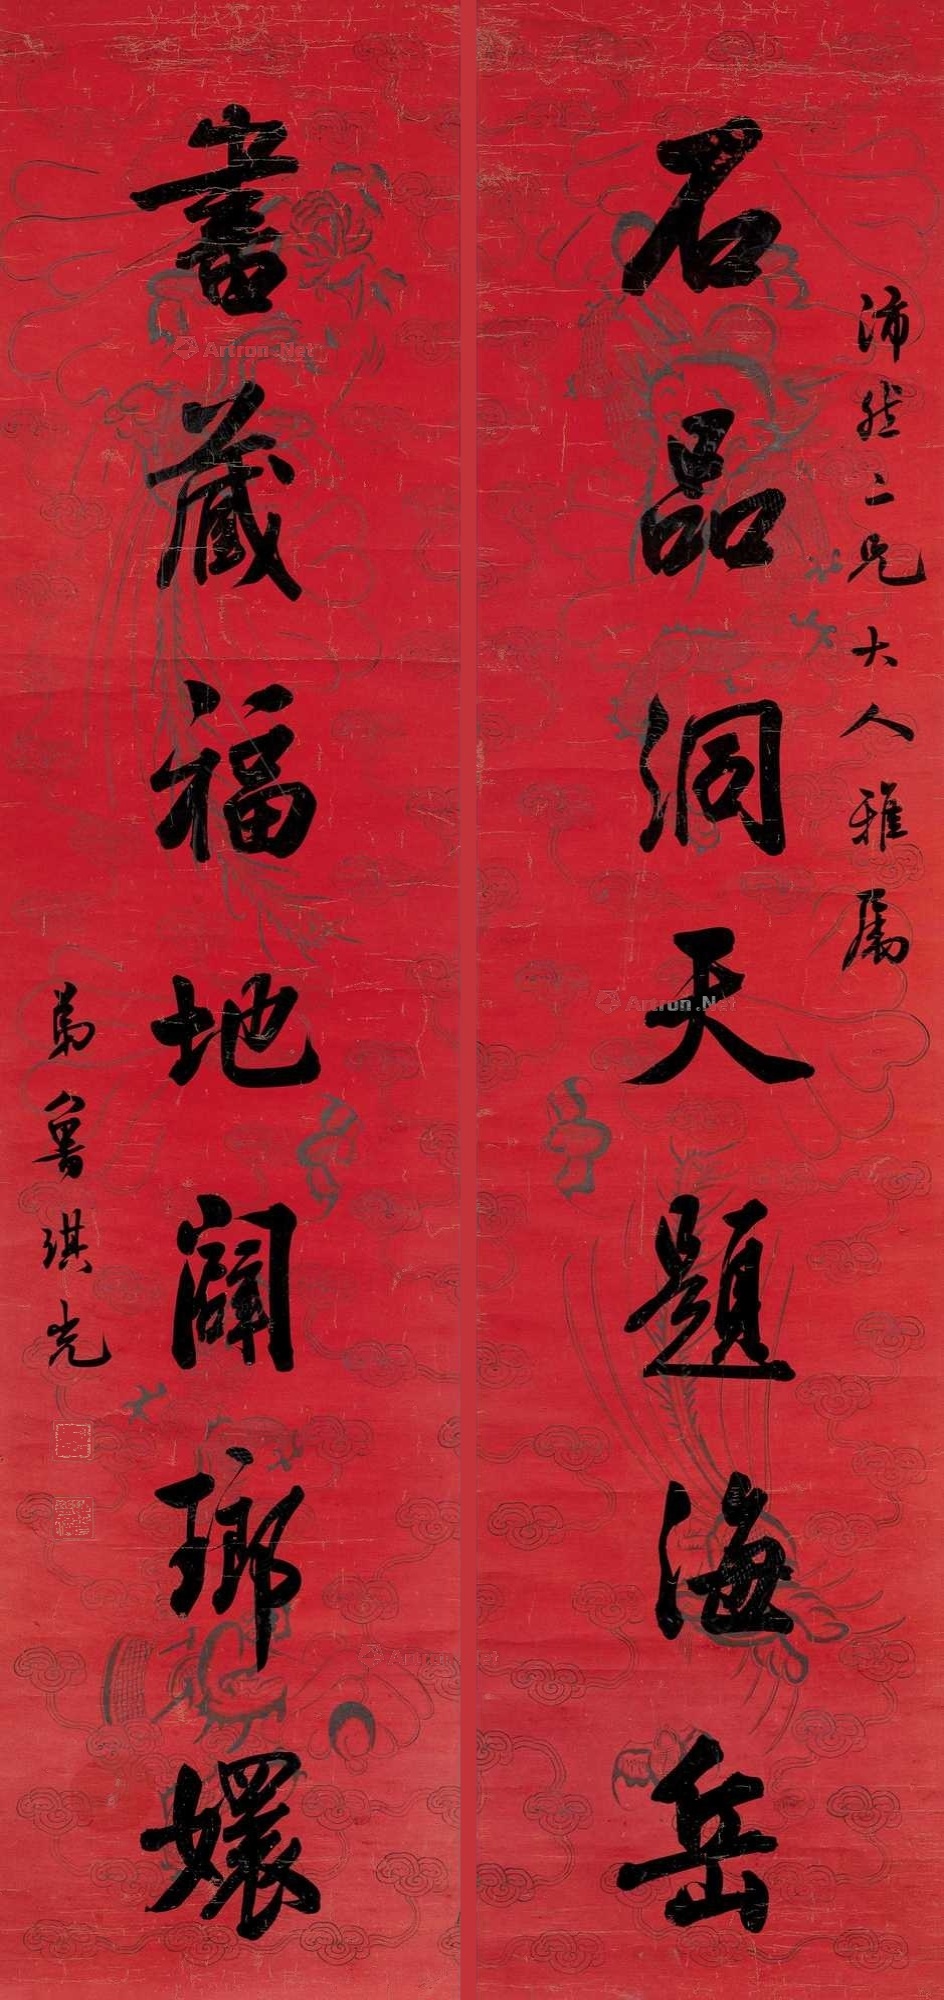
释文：石品洞天题海岳，书藏福地辟琅嬛。沛然二兄大人雅属。弟鲁琪光。